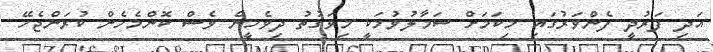
އަދި ފަރުދީ ފެންވަރުގައި މިކަމަށް ސަމާލުވުމަކީ މިވަގުތު ދިވެހީން ވެސް ކޮންމެހެން ކުރަންޖެހޭ